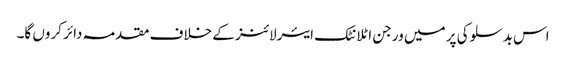
اس بدسلوکی پر میں ورجن اٹلانٹک ایئرلائنز کے خلاف مقدمہ دائر کروں گا۔